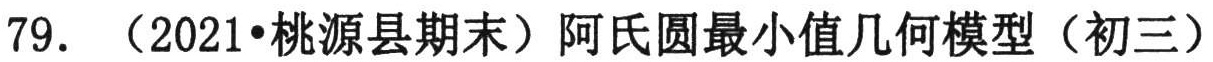
79. （2021•桃源县期末）阿氏圆最小值几何模型（初三）